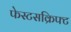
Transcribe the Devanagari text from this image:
फेस्टसक्रिफ्ट